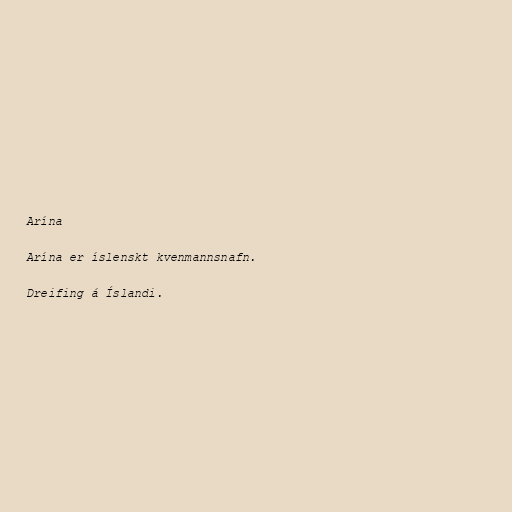
Arína

Arína er íslenskt kvenmannsnafn.

Dreifing á Íslandi.